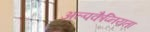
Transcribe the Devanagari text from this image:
अल्पकैप्नियता